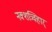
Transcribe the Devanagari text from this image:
नक्शत्र्विहार्